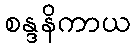
စန္ဒနိကာယ